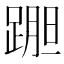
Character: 𲃷